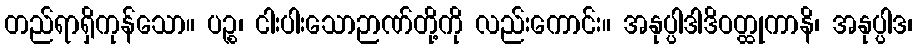
တည်ရာရှိကုန်သော။ ပဉ္စ၊ ငါးပါးသောဉာဏ်တို့ကို လည်းကောင်း။ အနုပ္ပါဒါဒိဝတ္ထုကာနိ၊ အနုပ္ပါဒ၊